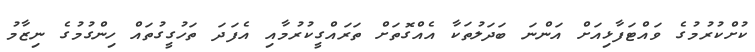
ކުށްކުރުމުގެ ވައްޓަފާޅިއަށް އަންނަ ބަދަލުތަކާ އެއްގޮތަށް ތަރައްގީކުރުމާއި އެފަދަ ތަހުގީގުތައް ހިންގުމުގެ ނިޒާމު